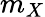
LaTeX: m_{X}